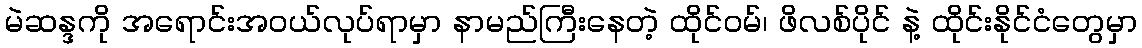
မဲဆန္ဒကို အရောင်းအဝယ်လုပ်ရာမှာ နာမည်ကြီးနေတဲ့ ထိုင်ဝမ်၊ ဖိလစ်ပိုင် နဲ့ ထိုင်းနိုင်ငံတွေမှာ